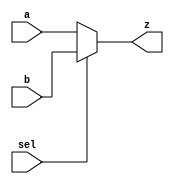
module mux_2to1_5(
    input [4:0] a,
    input [4:0] b,
	 input sel,
    output [4:0] z
    );
assign z = sel ? b:a;

endmodule